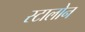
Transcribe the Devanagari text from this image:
स्टालोन